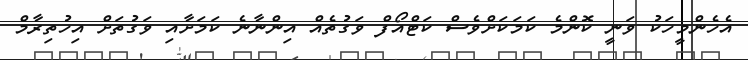
އެހެންމީހަކު ވަނީ ކޮންމެ ކަމަކަށްވެސް ކަޓްއޯފް ވަގުތެއް އިންނާނެ ކަމަށާއި ވަގުތަށް އިހުތިރާމް